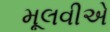
મૂલવીએ